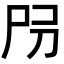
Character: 𡰺